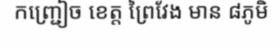
កញ្ជ្រៀច ខេត្ត ព្រៃវែង មាន ៨ភូមិ